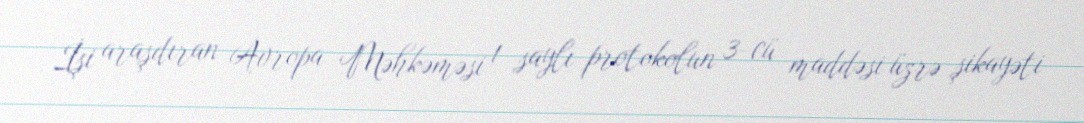
İşi araşdıran Avropa Məhkəməsi 1 saylı protokolun 3-cü maddəsi üzrə şikayəti